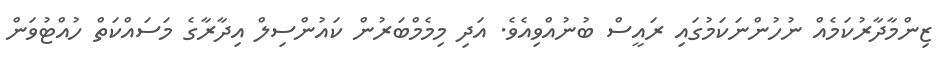
ޒިންމާދާރުކަމެއް ނުހުންނަކަމުގައި ރައީސް ބުނުއްވިއެވެ. އަދި މިމެމްބަރުން ކައުންސިލް އިދާރާގެ މަސައްކަތް ހުއްޓުވަން